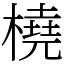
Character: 橈